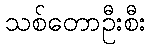
သစ်တောဦးစီး